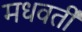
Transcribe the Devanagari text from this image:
मधवर्ती